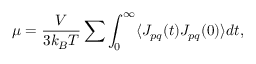
\mu = \frac { V } { 3 k _ { B } T } \sum \int _ { 0 } ^ { \infty } \langle J _ { p q } ( t ) J _ { p q } ( 0 ) \rangle d t ,